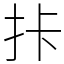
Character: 拤